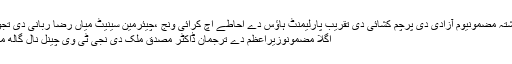
گزشتہ مضمونیوم آزادی دی پرچم کشائی دی تقریب پارلیمنٹ ہاﺅس دے احاطے اچ کرائی ونج ،چیئرمین سینیٹ میاں رضا ربانی دی تجویز
اگلا مضمونوزیراعظم دے ترجمان ڈاکٹر مصدق ملک دی نجی ٹی وی چینل نال گالھ مہاڑ